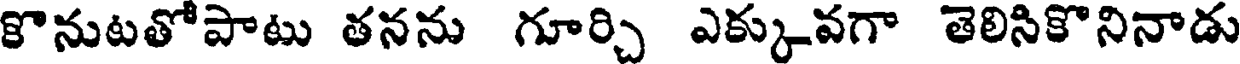
కొనుటతోపాటు తనను గూర్చి ఎక్కువగా తెలిసికొనినాడు